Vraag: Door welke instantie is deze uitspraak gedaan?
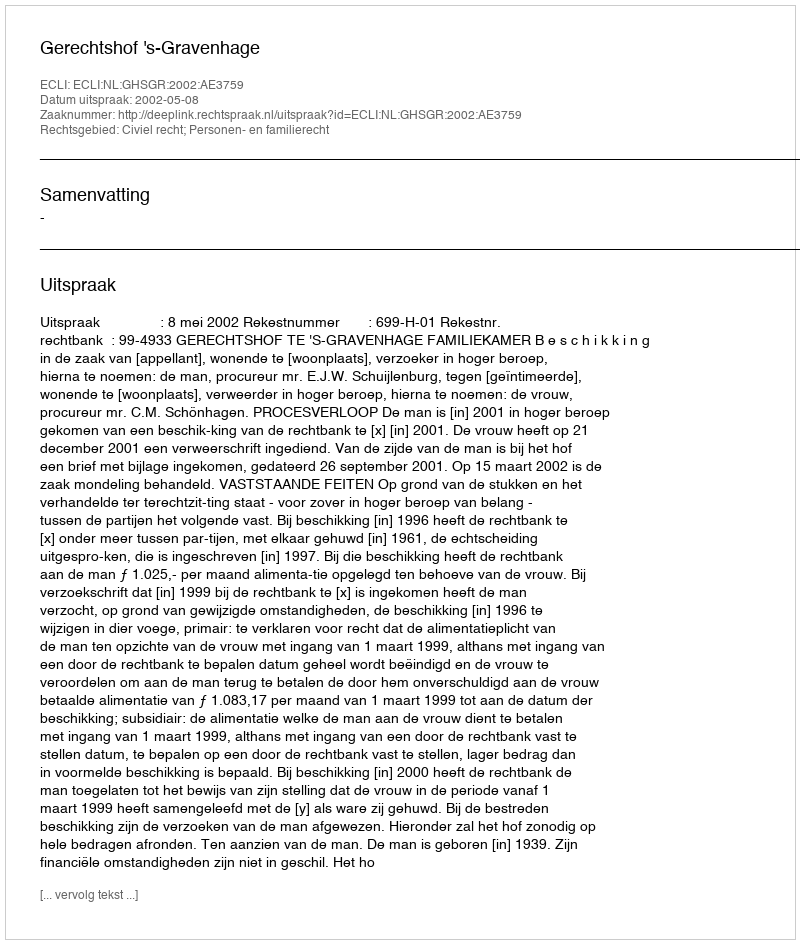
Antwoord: Gerechtshof 's-Gravenhage